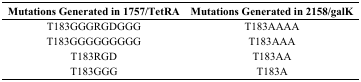
<table><thead><tr><td><b>Mutations Generated in 1757/TetRA</b></td><td><b>Mutations Generated in 2158/galK</b></td></tr></thead><tbody><tr><td>T183GGGRGDGGG</td><td>T183AAAA</td></tr><tr><td>T183GGGGGGGGG</td><td>T183AAA</td></tr><tr><td>T183RGD</td><td>T183AA</td></tr><tr><td>T183GGG</td><td>T183A</td></tr></tbody></table>